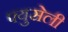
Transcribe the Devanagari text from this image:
फ्युसेली